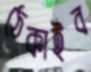
ঠেকাইব